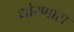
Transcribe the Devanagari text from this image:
धोरणास